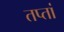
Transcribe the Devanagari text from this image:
तप्तां